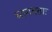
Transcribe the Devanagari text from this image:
भागवताः